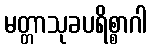
မတ္တာသုခပရိစ္စာဂါ